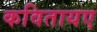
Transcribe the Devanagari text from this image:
कवितायए